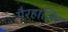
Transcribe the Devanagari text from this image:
गैरहाज़िर